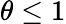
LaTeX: \theta\leq 1